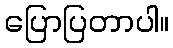
ပြောပြတာပါ။